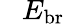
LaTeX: \phantom{+}E_{\mathrm{br}}